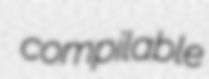
compilable